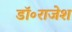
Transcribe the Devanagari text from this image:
डॉ॰राजेश